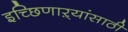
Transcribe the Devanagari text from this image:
इच्छिणाऱ्यांसाठी